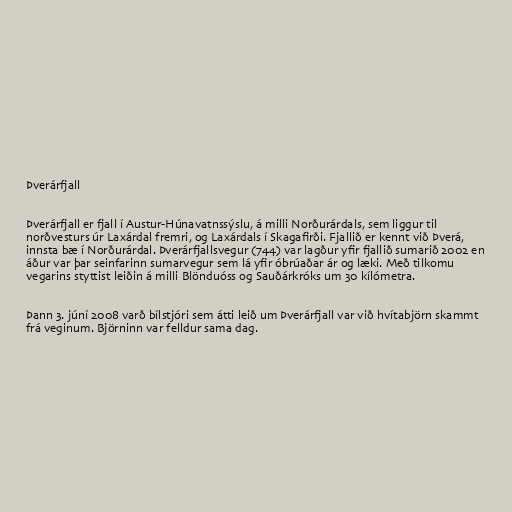
Þverárfjall

Þverárfjall er fjall í Austur-Húnavatnssýslu, á milli Norðurárdals, sem liggur til
norðvesturs úr Laxárdal fremri, og Laxárdals í Skagafirði. Fjallið er kennt við Þverá,
innsta bæ í Norðurárdal. Þverárfjallsvegur (744) var lagður yfir fjallið sumarið 2002 en
áður var þar seinfarinn sumarvegur sem lá yfir óbrúaðar ár og læki. Með tilkomu
vegarins styttist leiðin á milli Blönduóss og Sauðárkróks um 30 kílómetra.

Þann 3. júní 2008 varð bílstjóri sem átti leið um Þverárfjall var við hvítabjörn skammt
frá veginum. Björninn var felldur sama dag.